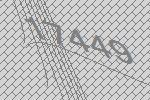
17449